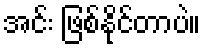
အင်း ဖြစ်နိုင်တာပဲ။